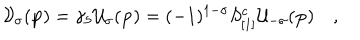
{ \cal V } _ { \sigma } ( { \bf p } ) = \gamma _ { 5 } { \cal U } _ { \sigma } ( { \bf p } ) = ( - 1 ) ^ { 1 - \sigma } S _ { [ 1 ] } ^ { c } { \cal U } _ { - \sigma } ( { \bf p } ) \quad ,